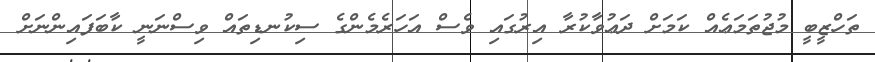
ތަހްޒީބީ މުޖުތަމަޢެއް ކަމަށް ދަޢުވާކުރާ އިރުގައި ވެސް އަހަރެމެންގެ ސިކުނޑިތައް ވިސްނަނީ ކާބަފައިންނަށް